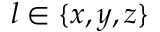
l \in \{ x , y , z \}